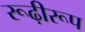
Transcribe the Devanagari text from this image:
रूढ़ीरूप